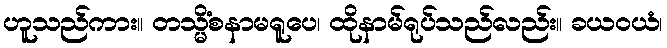
ဟူသည်ကား။ တသ္မိံစနာမရူပေ၊ ထိုနာမ်ရုပ်သည်လည်း။ ခယဝယံ၊